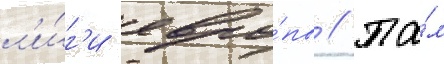
л'и́г'и евро́пы // Та́м